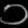
Digit: ၁